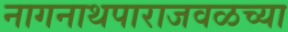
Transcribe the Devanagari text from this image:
नागनाथपाराजवळच्या